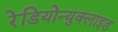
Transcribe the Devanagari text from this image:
रेडियोन्युक्लाइड